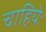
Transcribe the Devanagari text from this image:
चाहियेः